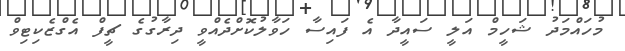
މުހައްމަދު ޝަހީމް އަލީ ސައީދާ އެ ފައިސާ ހަވާލުކޮށްދެއްވީ ދިރާގުގެ ޗީފް އެގްޒެކިޓިވް